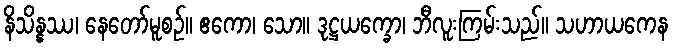
နိသိန္နဿ၊ နေတော်မူစဉ်။ ဧကော၊ သော။ ဒုဋ္ဌယက္ခော၊ ဘီလူးကြမ်းသည်။ သဟာယကေန